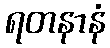
ရတနာနံ